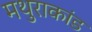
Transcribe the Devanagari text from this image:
मथुराकांड